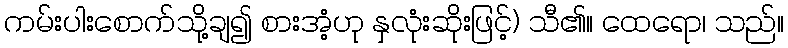
ကမ်းပါးစောက်သို့ချ၍ စားအံ့ဟု နှလုံးဆိုးဖြင့်) သီ၏။ ထေရော၊ သည်။